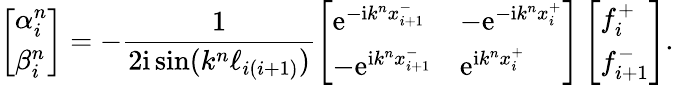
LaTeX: \left[\begin{array}{l}{\alpha_{i}^{n}}\\ {\beta_{i}^{n}}\end{array}\right]=-\frac{1}{2\mathrm{i}\sin(k^{n}\ell_{i(i+1)})}\left[\begin{array}{ll}{\mathrm{e}^{-\mathrm{i}k^{n}x_{i+1}^{-}}}&{-\mathrm{e}^{-\mathrm{i}k^{n}x_{i}^{+}}}\\ {-\mathrm{e}^{\mathrm{i}k^{n}x_{i+1}^{-}}}&{\mathrm{e}^{\mathrm{i}k^{n}x_{i}^{+}}}\end{array}\right]\left[\begin{array}{l}{f_{i}^{+}}\\ {f_{i+1}^{-}}\end{array}\right].